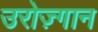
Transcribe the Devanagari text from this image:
उरोज़्गान